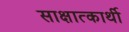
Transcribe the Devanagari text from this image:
साक्षात्कार्थी